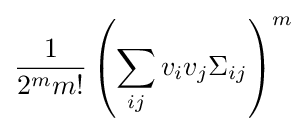
{\frac {1}{2^{m}m!}}\left(\sum _{ij}v_{i}v_{j}\Sigma _{ij}\right)^{m}